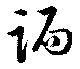
跼